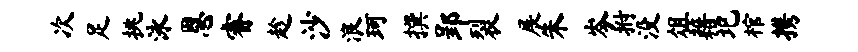
次足挑泳恩睿趁沙浪珂撰郢裂展朱岑拊没俎藉圯棺携